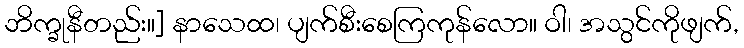
ဘိက္ခုနီတည်း။] နာသေထ၊ ပျက်စီးစေကြကုန်လော။ ဝါ၊ အသွင်ကိုဖျက်,